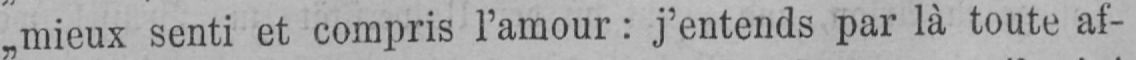
„mieux senti et compris l’amour: j’entends par là toute af-